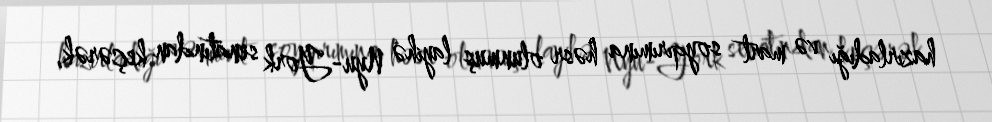
hazırladığı və mart soyqırımına həsr olunmuş layihə Nyu-York senatından keçərək,